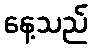
နေ့သည်